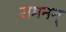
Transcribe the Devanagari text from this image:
रामनन्‌